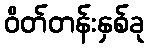
ဝိတ်တန်းနှစ်ခု